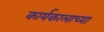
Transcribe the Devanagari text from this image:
कार्यकालाच्या